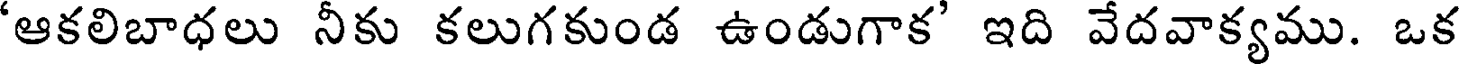
'ఆకలిబాధలు నీకు కలుగకుండ ఉండుగాక' ఇది వేదవాక్యము. ఒక